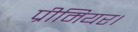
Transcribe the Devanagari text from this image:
प्रीमियर।